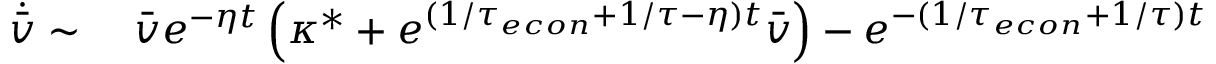
\begin{array} { r l } { \dot { \bar { v } } \sim } & { { } \ \bar { v } e ^ { - \eta t } \left( \kappa ^ { * } + e ^ { ( 1 / { \tau _ { e c o n } } + 1 / \tau - \eta ) t } \bar { v } \right) - e ^ { - ( 1 / { \tau _ { e c o n } } + 1 / \tau ) t } } \end{array}